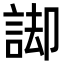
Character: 𮘏